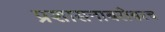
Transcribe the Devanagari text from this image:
प्रशासनाबरोबरच